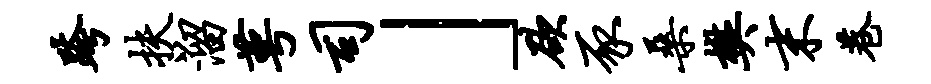
跨扶溜萼司」欲豕桑樊末巷